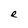
Character: e